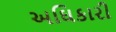
અઘિકારી